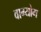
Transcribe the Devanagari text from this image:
वाग्योग